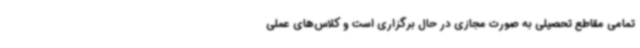
تمامی مقاطع تحصیلی به صورت مجازی در حال برگزاری است و کلاس‌های عملی